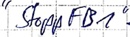
Text: "StoppFB1"